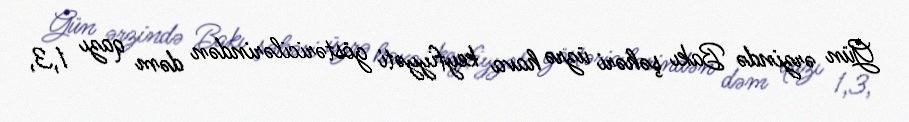
Gün ərzində Bakı şəhəri üzrə hava keyfiyyəti göstəricilərindən dəm qazı 1,3,